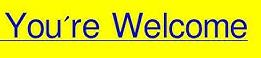
You're Welcome